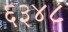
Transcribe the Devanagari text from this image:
६३४८